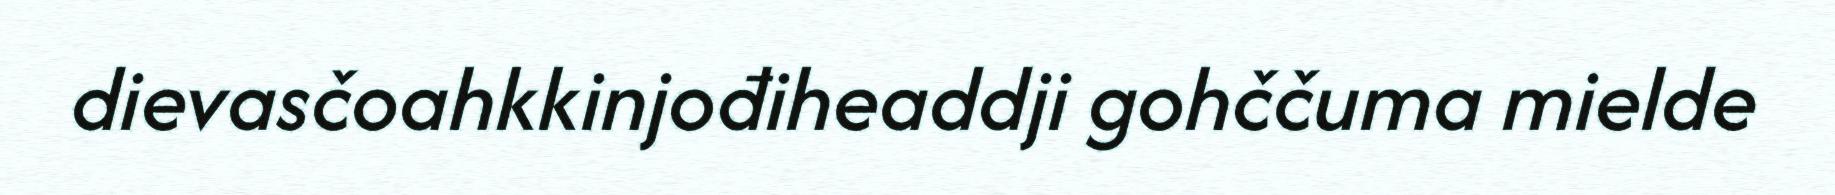
dievasčoahkkinjođiheaddji gohččuma mielde